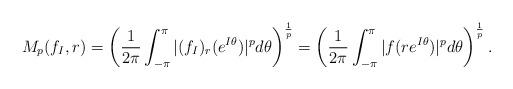
LaTeX: \begin{align*}M_p(f_I,r)=\left(\frac{1}{2\pi} \int_{-\pi}^{\pi}|(f_I)_r(e^{I\theta})|^p d\theta\right)^{\frac{1}{p}}=\left(\frac{1}{2\pi} \int_{-\pi}^{\pi}|f(re^{I\theta})|^p d\theta\right)^{\frac{1}{p}}.\end{align*}